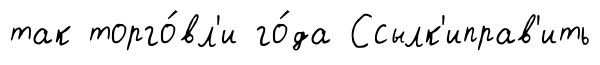
так торго́вл'и го́да Ссылк'иправ'ить